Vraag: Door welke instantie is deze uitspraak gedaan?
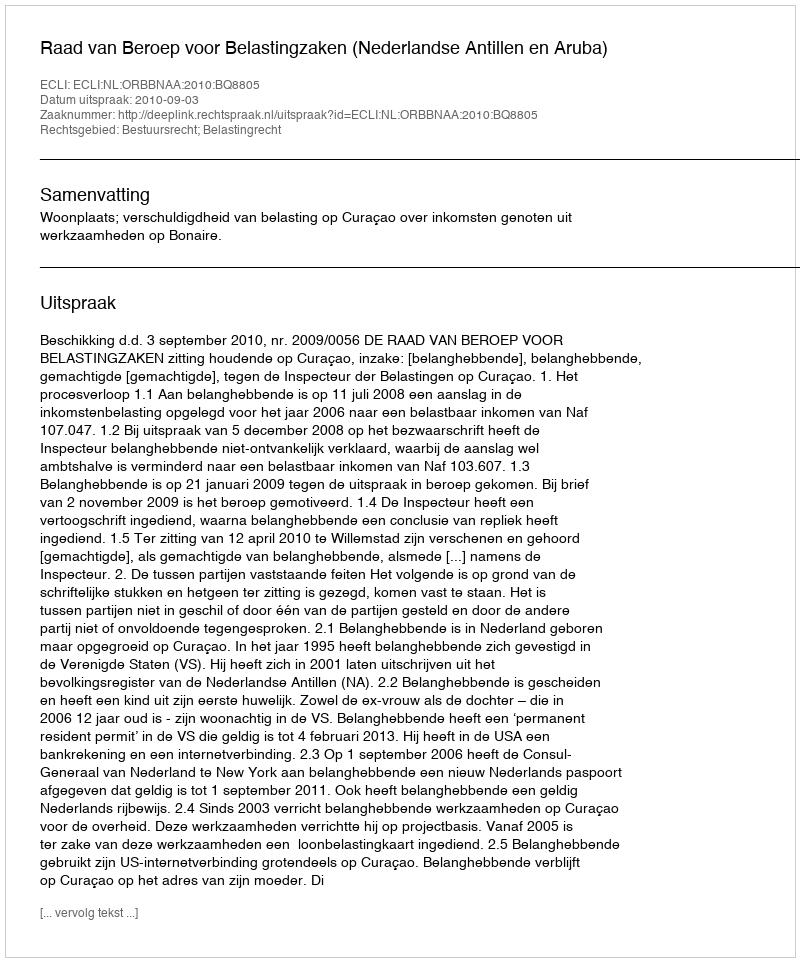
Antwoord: Raad van Beroep voor Belastingzaken (Nederlandse Antillen en Aruba)